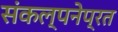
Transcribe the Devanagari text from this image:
संकल्पनेप्रत